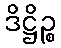
ဒိဋ္ဌိဉ္စ